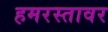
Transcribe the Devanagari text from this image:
हमरस्तावर